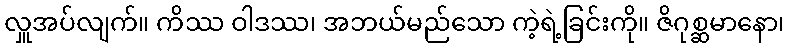
လှူအပ်လျက်။ ကိဿ ဝါဒဿ၊ အဘယ်မည်သော ကဲ့ရဲ့ခြင်းကို။ ဇိဂုစ္ဆမာနော၊